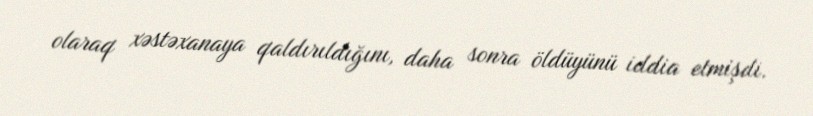
olaraq xəstəxanaya qaldırıldığını, daha sonra öldüyünü iddia etmişdi.